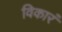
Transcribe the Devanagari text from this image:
विकारं